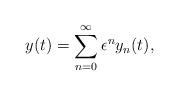
LaTeX: \begin{align*}y(t) = \sum_{n=0}^{\infty} \epsilon^n y_n(t),\end{align*}